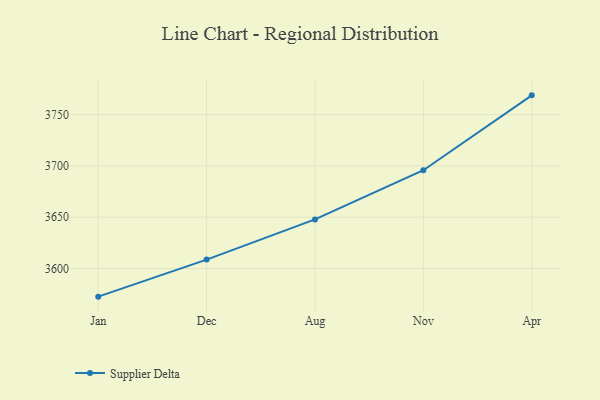
{"axis": {"x": "Month", "y": "Demand Index"}, "legend": ["Supplier Delta"], "data": [{"x": "Jan", "y": 3572.6, "type": "Supplier Delta"}, {"x": "Dec", "y": 3608.7, "type": "Supplier Delta"}, {"x": "Aug", "y": 3647.9, "type": "Supplier Delta"}, {"x": "Nov", "y": 3695.8, "type": "Supplier Delta"}, {"x": "Apr", "y": 3768.8, "type": "Supplier Delta"}]}